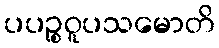
ပပဉ္စဝူပသမောတိ